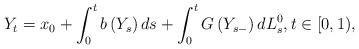
LaTeX: \begin{align*}Y_{t}=x_{0}+\int_{0}^{t}b\left( Y_{s}\right) ds+\int_{0}^{t}G\left(Y_{s-}\right) dL_{s}^{0},t\in \lbrack 0,1), \end{align*}